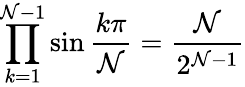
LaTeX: \prod_{k=1}^{\mathcal{N}-1}\sin{\frac{{k\pi}}{{\mathcal{N}}}}={\frac{{\mathcal{N}}}{{2^{\mathcal{N}-1}}}}